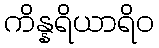
ကိန္နရိယာရိဝ